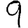
Digit: 9